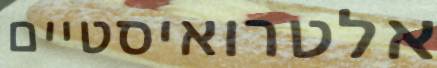
אלטרואיסטיים